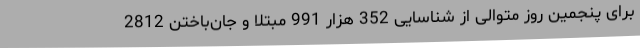
برای پنجمین روز متوالی از شناسایی 352 هزار 991 مبتلا و جان‌باختن 2812